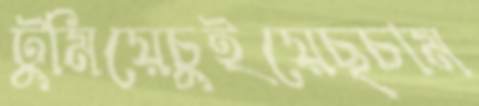
টুমিয়েচুইয়েছচাম